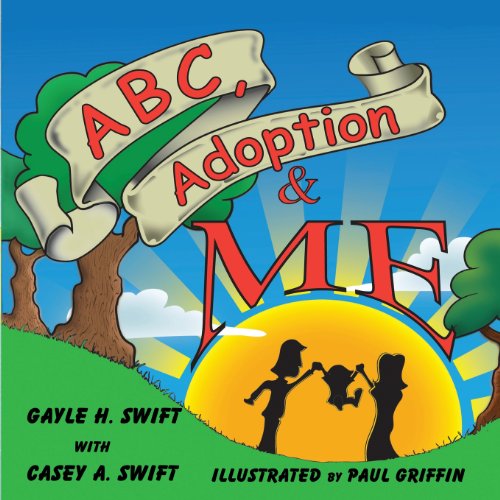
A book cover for ABC, Adoption & Me -- a Multi-cultural Picture Book for Adoptive Families; Gayle H. Swift; Parenting & Relationships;